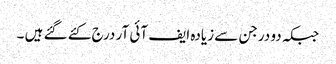
جبکہ دو درجن سے زیادہ ایف آئی آر درج کئے گئے ہیں ۔